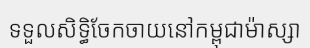
ទទួលសិទ្ធិចែកចាយនៅកម្ពុជាម៉ាស្សា